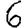
Digit: 6